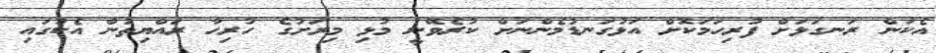
އެކަން ރަނގަޅަށް ފުރިހަމަކޮށް އަޅުގަނޑުމެންނަށް ކުރެވޭނީ މުޅި މިރަށުގެ ހުރިހާ ރައްޔިތުން އެކުގައި